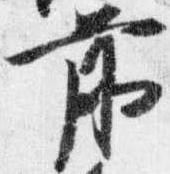
前